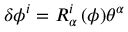
\delta \phi ^ { i } = R _ { \alpha } ^ { i } \, ( \phi ) \theta ^ { \alpha }